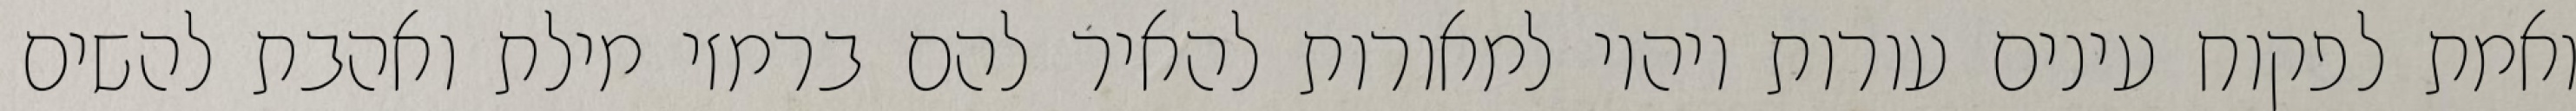
ואמת לפקוח עינים עורות ויהיו למאורות להאיר להם ברמזי מילת ואהבת להשים